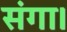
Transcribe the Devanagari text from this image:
संगा।